Mental hospitals Bombay report 1929-33 - 1929-1933
Year: 1929
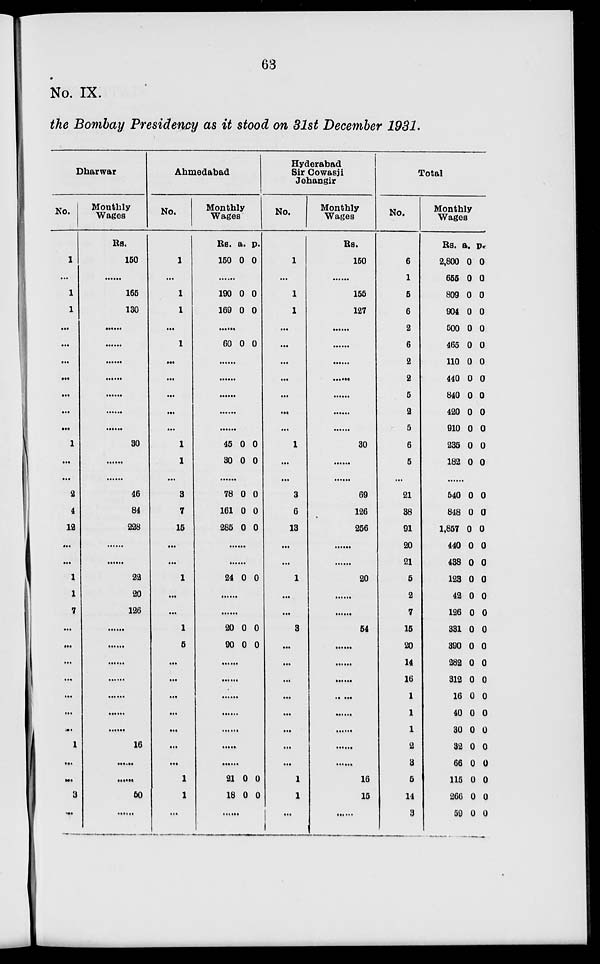
63
No. IX.
the Bombay Presidency as it stood on 31st December 1931.
Dharwar
No.
1
...
1
1
...
...
...
...
...
...
...
1
...
...
2
4
12
...
...
1
1
7
...
...
...
...
...
...
...
1
...
...
3
...
Monthly
Wages
Rs.
150
......
165
130
......
......
......
......
......
......
......
30
......
......
46
84
228
......
......
22
20
126
......
......
......
......
......
......
......
16
......
......
50
......
Ahmedabad
No.
1
...
1
1
...
1
...
...
...
...
...
1
1
...
3
7
15
...
...
1
...
...
1
5
...
...
...
...
...
...
...
1
1
...
Monthly
Wages
Rs.
150
a.
0
p.
0
......
190
169
0
0
0
0
......
60 0 0
......
......
......
......
......
45
30
0
0
0
0
......
78
161
285
0
0
0
0
0
0
......
......
24 0 0
......
......
20
90
0
0
0
0
......
......
......
......
......
......
......
21
18
0
0
0
0
......
Hyderabad
Sir Cowasji
Jehangir
No.
1
...
1
1
...
...
...
...
...
...
...
1
...
...
3
6
13
...
...
1
...
...
3
...
...
...
...
...
...
...
...
1
1
...
Monthly
Wages
Rs.
150
......
155
127
......
......
......
......
......
......
......
30
......
......
69
126
256
......
......
20
......
......
54
......
......
......
......
......
......
......
......
16
15
......
Total
No.
6
1
5
6
2
6
2
2
5
2
5
6
5
...
21
38
91
20
21
5
2
7
15
20
14
16
1
1
1
2
3
5
14
3
Monthly
Wages
Rs.
2,800
655
809
904
500
465
110
440
840
420
910
235
182
a.
0
0
0
0
0
0
0
0
0
0
0
0
0
p.
0
0
0
0
0
0
0
0
0
0
0
0
0
......
540
848
1,857
440
438
123
42
126
331
390
282
312
16
40
30
32
66
115
266
59
0
0
0
0
0
0
0
0
0
0
0
0
0
0
0
0
0
0
0
0
0
0
0
0
0
0
0
0
0
0
0
0
0
0
0
0
0
0
0
0